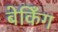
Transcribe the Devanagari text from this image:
बेकिँग